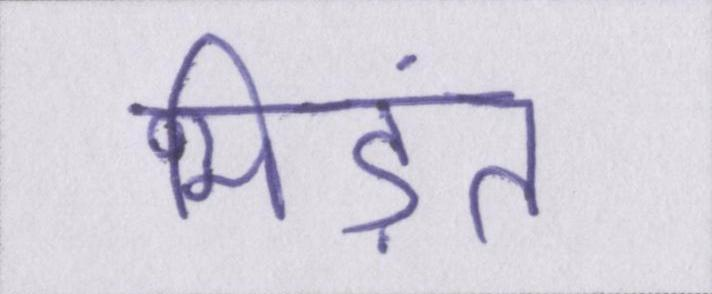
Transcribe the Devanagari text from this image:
भिड़ंत